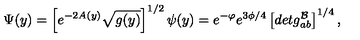
\Psi ( y ) = \left[ e ^ { - 2 A ( y ) } \sqrt { g ( y ) } \right] ^ { 1 / 2 } \psi ( y ) = e ^ { - \varphi } e ^ { 3 \phi / 4 } \left[ d e t g _ { a b } ^ { \cal { B } } \right] ^ { 1 / 4 } ,